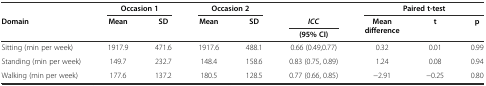
|  | <COLSPAN=2> Occasion 1 | <COLSPAN=2> Occasion 2 |  | <COLSPAN=3> Paired t-test |
 | <ROWSPAN=2> Domain | <ROWSPAN=2> Mean | <ROWSPAN=2> SD | <ROWSPAN=2> Mean | <ROWSPAN=2> SD | ICC | <ROWSPAN=2> Mean difference | <ROWSPAN=2> t | <ROWSPAN=2> p |
 | (95% CI) |
 | --- | --- | --- | --- | --- | --- | --- | --- | --- |
 | Sitting (min per week) | 1917.9 | 471.6 | 1917.6 | 488.1 | 0.66 (0.49,0.77) | 0.32 | 0.01 | 0.99 |
 | Standing (min per week) | 149.7 | 232.7 | 148.4 | 158.6 | 0.83 (0.75, 0.89) | 1.24 | 0.08 | 0.94 |
 | Walking (min per week) | 177.6 | 137.2 | 180.5 | 128.5 | 0.77 (0.66, 0.85) | -2.91 | -0.25 | 0.80 |